Vaccination North-Western Provinces and Oudh 1878-1895 - 1878-1895
Year: 1878
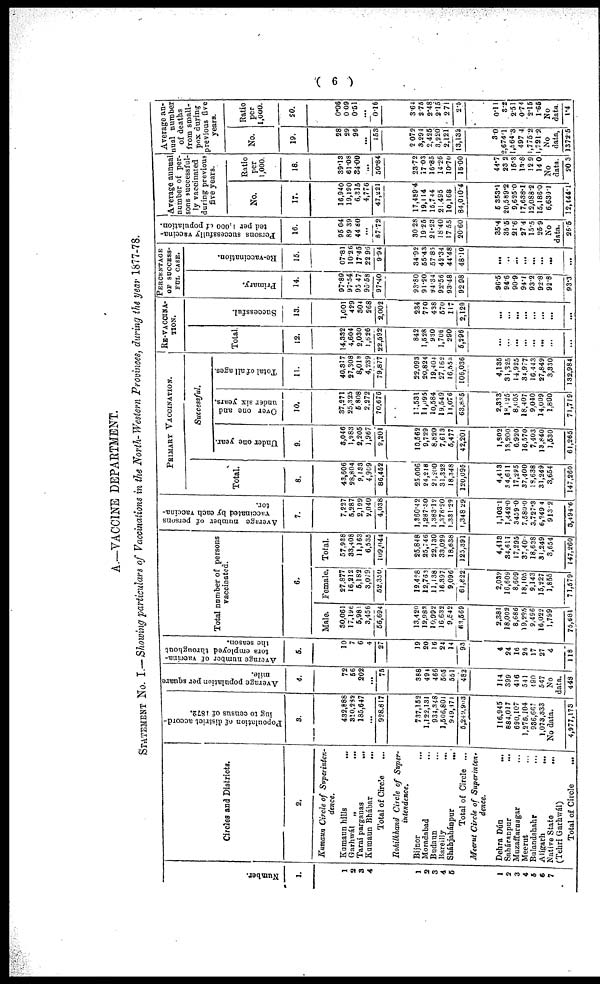
( 6 )
A—VACCINE DEPARTMENT.
STATEMENT NO. I.—Showing particulars of Vaccinations in the North-Western Provinces, during the year 1877-78.
Number.
1.
1
2
3
4
1
2
3
4
5
1
2
3
4
5
6
7
Circles and Districts.
2.
Kumaun Circle of Superinten-
dence.
Kamaun hills
...
Garhwál „
...
Tarai parganas
...
Kumaun Bhábar
...
Total of Circle ...
Rohitkhand Circle of Super-
intendence.
Bijnor ...
Moradahad ...
Budaun ...
Bareilly ...
Sháhjahánpur
...
Total of Circle ...
Meerut Circle of Superinten-
dence.
Dehra Dún ...
Saháranpur
...
Muzaffarnagar ...
Meerut ...
Bulandshahr ...
Aligarh
...
Native State
...
(Tehri Garhwál)
Total of Circle
...
Popoulation of district accord-
ing to ceusus of 1872.
3.
432,888
310,282
185,647
...
928,817
737,152
1,122,131
934,348
1,506,801
949,171
5,249,903
116,945
884,017
690,107
1,275,104
936,662
1,073,333
No data.
4,977,173
Average population per square
mile.
4.
72
56
202
...
75
388
494
466
505
551
482
114
399
416
541
490
547
No
data.
448
Average number of vaccina-
tors employed throughout
the season.
5.
10
7
6
4
27
19
20
16
24
14
93
4
24
16
26
17
27
4
118
Total number of persons
vaccinated.
6.
Male.
30,061
17,196
5,981
3,456
56,694
13,420
12,983
10,992
16,632
9,542
63,569
2,381
18,002
8,686
19,295
9,496
16,022
1,799
75,681
Female.
27,877
16,212
5,182
3,019
52,350
12,428
12,763
11,138
16,397
9,096
61,822
2,032
16,609
8,609
18,105
9,143
15,227
1,855
71,579
Total.
57,938
33,408
11,163
6,535
109,044
25,848
25,746
22,130
33,029
18,638
125,391
4,418
34,611
17,295
37,400
18,638
31,249
3,654
I47,260
Average number of persons
vaccinated by each vaccina-
tor.
7.
7,227
5,287
2,199
2,040
4,038
1,360.42
1,287.30
1,383.12
1,376.20
1,331.29
1,348.29
1,103.1
1,442.0
3459.0
7,580.0
3,727.3
6,249.4
913.2
3,494.6
PRIMARY VACCINATION.
Total.
8.
43,606
28,804
9,133
4,909
86,452
25.006
24,218
21,200
31,323
18,348
120,095
4,413
34,611
17,295
37,400
18,638
31,249
3,654
147,260
Successful.
Under one year.
9.
3,046
1,983
2,205
1,967
9,201
10,562
9,729
8,820
7,613
5,477
42,201
1,802
13,200
6,920
16,570
7,403
13,840
1,530
61,265
Over one and
under six years.
10.
37,271
25,325
5,808
2,272
70,676
11,531
11,095
10,584
19,549
11,076
63,835
2,333
18,125
8,605
18,407
9,040
14,009
1,800
71,719
Total of all ages.
11.
40,317
27,308
8,013
4,239
79,877
22,093
20,824
19,404
27,162
16,553
106,036
4,135
31,325
14,925
34,977
16,443
27,849
3,330
132,984
RE-VACCINA-
TION.
Total.
12.
14,332
4,604
2,030
1,626
22,592
842
1,628
930
1,706
290
5,296
...
...
...
...
...
...
...
...
Successful.
13.
1,001
429
304
268
2,002
234
770
438
570
117
2,129
...
...
...
...
...
...
...
...
PRECENTAGE
OF SUCCESS-
FUL CASE.
Primary.
14.
97.89
97.54
95.47
95.58
97.40
93.80
91.20
94.34
92.56
93.48
92.98
96.5
94.6
90.9
94.1
93.2
92.8
92.8
93.3
Re-vaccination.
15.
07.81
10.26
17.45
22.96
9.94
34.92
55.43
57.85
42.34
44.48
48.10
...
..
...
...
...
...
...
...
Persons successfully vaccina-
ted per 1,000 of population.
16.
95.04
89.39
44.60
...
87.72
30.28
19.25
21.23
18.40
17.55
20.60
35.4
35.5
21.6
27.4
15.5
25.9
No
data.
26.5
Average annual
number of per-
sons successful-
ly vaccinated
during previous
five years.
No.
17.
16,940
19,190
6,815
4,776
47,221
17,489.4
19,114
15,744
21,495
10,168
84,010.4
5,353.1
20,589.2
9,625.0
17,638.1
12,088.2
15,186.0
6,630.1
12,144.1
Ratio
per
1,000.
18.
39.13
61.08
34.00
...
50.84
23.72
17.03
16.85
14.26
10.70
16.00
44.7
23.2
15.3
13.8
12.9
14.0
No
data.
20.3
Average an-
nual number
of deaths
from small-
pox during
previous five
years.
No.
19.
28
29
96
...
153
2,072
3,294
2,425
3,220
2,121
13,132
3.0
2,674.1
1,564.3
497.3
1,775.2
1,721.2
No
data,
1372.5
Ratio
per
1,000.
20.
0.06
0.09
0.51
...
0.16
3.64
2.75
2.48
2.15
2.71
2.5
0.11
3.2
2.51
0.74
2.15
1.65
No
data.
1.4